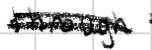
Text: through
Cross-out: scratch
Writing tool: digital_black